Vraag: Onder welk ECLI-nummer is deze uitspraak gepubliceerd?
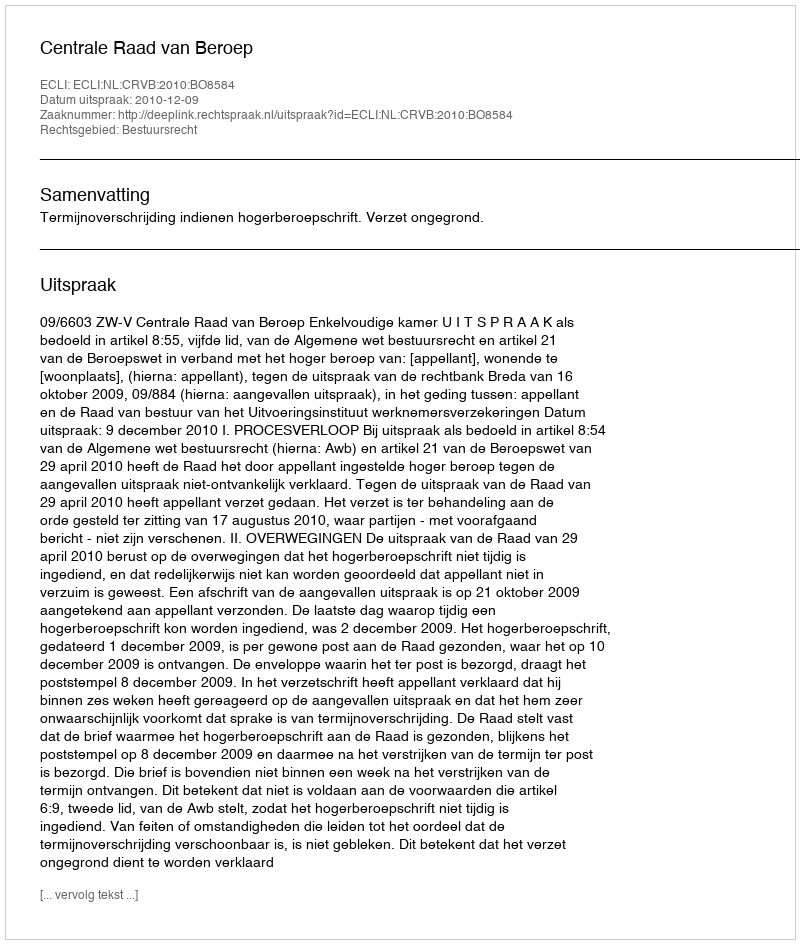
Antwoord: ECLI:NL:CRVB:2010:BO8584